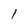
Character: l